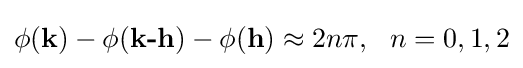
\phi ({\textbf {k}})-\phi ({\textbf {k-h}})-\phi ({\textbf {h}})\approx 2n\pi ,~~n=0,1,2